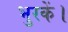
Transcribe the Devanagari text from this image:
भुरकें।